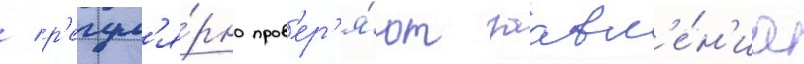
/ р'егул'я́рно пров'ер'я́ют заавл'е́н'иа